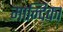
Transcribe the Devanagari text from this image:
मान्दिका